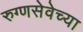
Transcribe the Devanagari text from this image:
रुग्णसेवेच्या